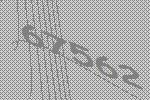
67562